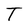
Character: T